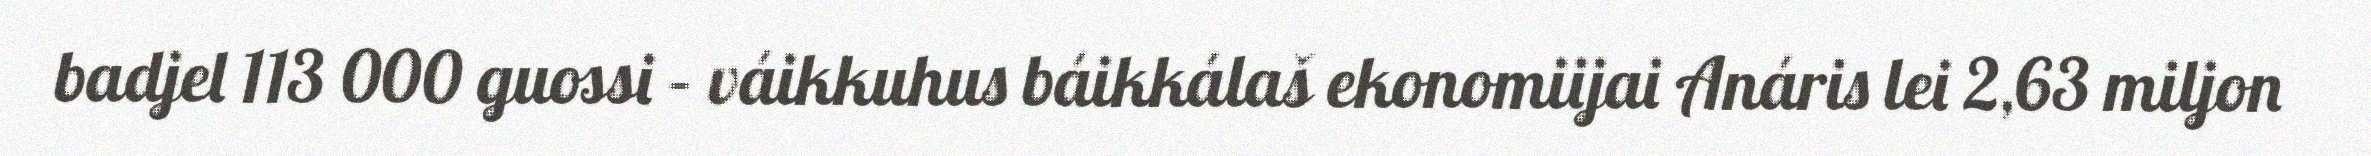
badjel 113 000 guossi – váikkuhus báikkálaš ekonomiijai Anáris lei 2,63 miljon